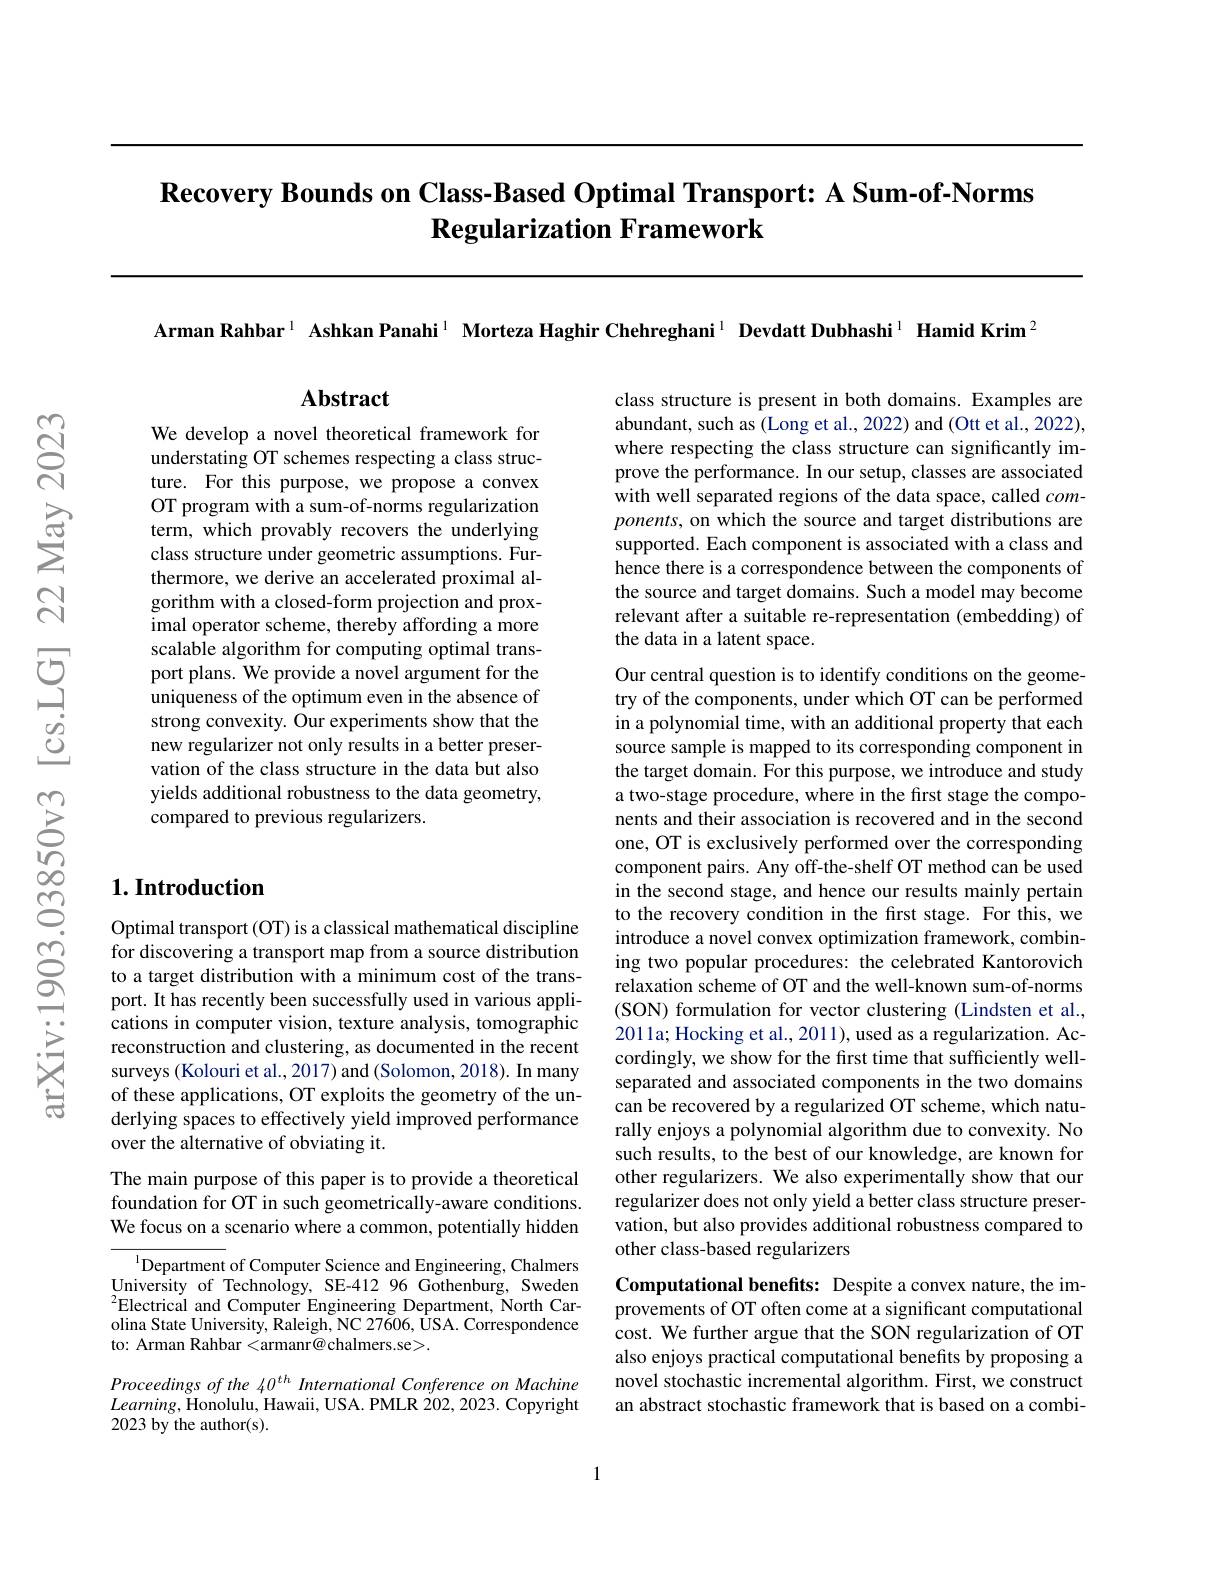
# $\textbf{Recovery Bounds on Class- Based Optimal Transport: A Sum- of- Norms}$ Regularization Framework

Arman Rahbar$^{\text{l}}$ Ashkan Panahi$^{1}$ Morteza Haghir Chehreghani$^{1}$ Devdatt Dubhashi$^{1}$ Hamid Krim$^{2}$

Abstract

class structure is present in both domains. Examples are abundant, such as (Long et al., 2022) and (Ott et al., 2022), where respecting the class structure can significantly improve the performance. In our setup, classes are associated with well separated regions of the data space, called components, on which the source and target distributions are supported. Each component is associated with a class and hence there is a correspondence between the components of the source and target domains. Such a model may become relevant after a suitable re-representation (embedding) of the data in a latent space.

We develop a novel theoretical framework for understating OT schemes respecting a class structure. For this purpose, we propose a convex OT program with a sum-of-norms regularization term, which provably recovers the underlying class structure under geometric assumptions. Furthermore, we derive an accelerated proximal algorithm with a closed-form projection and proximal operator scheme, thereby affording a more scalable algorithm for computing optimal transport plans. We provide a novel argument for the uniqueness of the optimum even in the absence of strong convexity. Our experiments show that the new regularizer not only results in a better preservation of the class structure in the data but also yields additional robustness to the data geometry, compared to previous regularizers.

## $1. \textbf{Introduction}$

Our central question is to identify conditions on the geometry of the components, under which OT can be performed in a polynomial time, with an additional property that each source sample is mapped to its corresponding component in the target domain. For this purpose, we introduce and study a two-stage procedure, where in the first stage the components and their association is recovered and in the second one, OT is exclusively performed over the corresponding component pairs. Any off-the-shelf OT method can be used in the second stage, and hence our results mainly pertain to the recovery condition in the first stage. For this, we introduce a novel convex optimization framework, combining two popular procedures: the celebrated Kantorovich relaxation scheme of OT and the well-known sum-of-norms (SON) formulation for vector clustering (Lindsten et al., 2011a; Hocking et al., 2011), used as a regularization. Accordingly, we show for the first time that sufficiently wellseparated and associated components in the two domains can be recovered by a regularized OT scheme, which naturally enjoys a polynomial algorithm due to convexity. No such results, to the best of our knowledge, are known for other regularizers. We also experimentally show that our regularizer does not only yield a better class structure preservation, but also provides additional robustness compared to other class-based regularizers

Optimal transport (OT) is a classical mathematical discipline for discovering a transport map from a source distribution to a target distribution with a minimum cost of the transport. It has recently been successfully used in various applications in computer vision, texture analysis, tomographic reconstruction and clustering, as documented in the recent surveys (Kolouri et al., 2017) and (Solomon, 2018). In many of these applications, OT exploits the geometry of the underlying spaces to effectively yield improved performance over the alternative of obviating it.

The main purpose of this paper is to provide a theoretical foundation for OT in such geometrically-aware conditions. We focus on a scenario where a common, potentially hidden

$^{\mathrm{l}}$Department of Computer Science and Engineering, Chalmers University of Technology, SE-412 96 Gothenburg, Sweden $^{2}$Electrical and Computer Engineering Department, North Carolina State University, Raleigh, NC 27606, ÜSA. Correspondence to: Arman Rahbar <armanr@chalmers.se>.

Computational benefits: Despite a convex nature, the improvements of OT often come at a significant computational cost. We further argue that the SON regularization of OT also enjoys practical computational benefits by proposing a novel stochastic incremental algorithm. First, we construct an abstract stochastic framework that is based on a combi-

Proceedings of the 40$^{th}$ International Conference on Machine $Learning$,Honolulu, Hawaii, USA. PMLR 202, 2023. Copyright 2023 by the author(s).

1